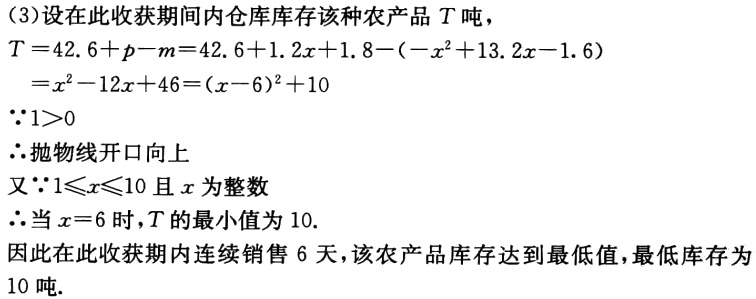
（3）设在此收获期间内仓库库存该种农产品\(T\)吨，
\[
\begin{align*}
T& = 42.6 + p - m = 42.6 + 1.2x + 1.8 - (-x^{2}+13.2x - 1.6)\\
&=x^{2}-12x + 46=(x - 6)^{2}+10
\end{align*}
\]
\(\because1>0\)
\(\therefore\)抛物线开口向上
又\(\because1\leqslant x\leqslant10\)且\(x\)为整数
\(\therefore\)当\(x = 6\)时，\(T\)的最小值为\(10\).
因此在此收获期内连续销售\(6\)天，该农产品库存达到最低值，最低库存为\(10\)吨.